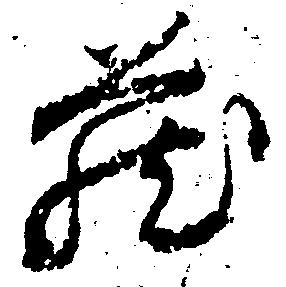
蔵